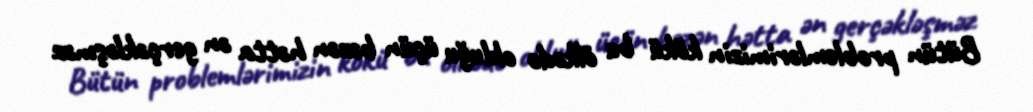
Bütün problemlərimizin kökü bu ölkədə olduğu üçün bəzən hətta ən gerçəkləşməz